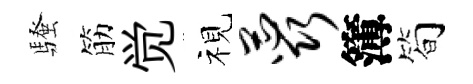
騷筋觉视蕊簿简